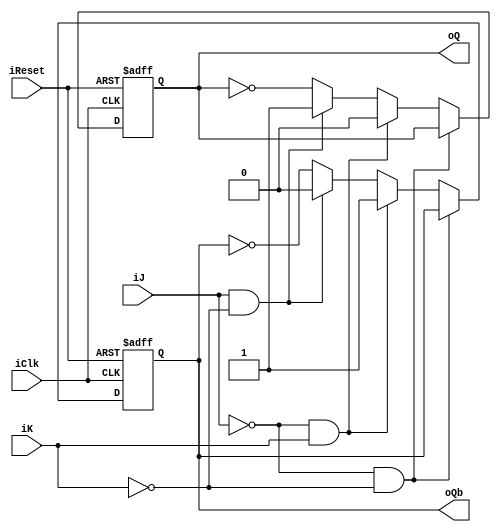
module mFlipFlop_JK_Negedge_PosRst (input iClk, 
												input iReset, 
												input iJ, 
												input iK, 
												output reg oQ, 
												output reg oQb);

always@(negedge iClk or posedge iReset)
	if (iReset == 1)
		begin
		oQ <= 1'b0;
		oQb <= 1'b1;
		end
	else 
			if (!iJ && !iK)
				begin
				oQ <= oQ;
				oQb <= oQb;
				end
			else if (!iJ && iK)
				begin
				oQ <= 1'b0;
				oQb <= 1'b1;
				end
			else if (iJ && !iK)
				begin
				oQ <= 1'b1;
				oQb <= 1'b0;
				end
			else
				begin
				oQ <= ~oQ;
				oQb <= ~oQb;
				end
		
		
endmodule